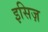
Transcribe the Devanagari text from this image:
इसिज़